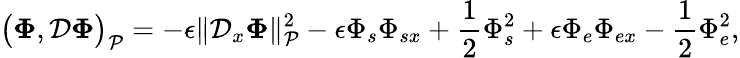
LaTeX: \big(\boldsymbol{\Phi},\mathcal{D}\boldsymbol{\Phi}\big)_{\mathcal{P}}=-\epsilon\| \mathcal{D}_{x}\boldsymbol{\Phi}\| _{\mathcal{P}}^{2}-\epsilon\Phi_{s}\Phi_{sx}+\frac{1}{2}\Phi_{s}^{2}+\epsilon\Phi_{e}\Phi_{ex}-\frac{1}{2}\Phi_{e}^{2},